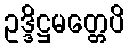
ဥဒ္ဒိဋ္ဌမတ္တေပိ